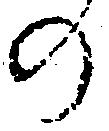
の